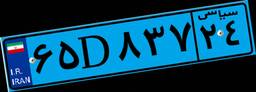
۷۹D۱۵۴۸۶